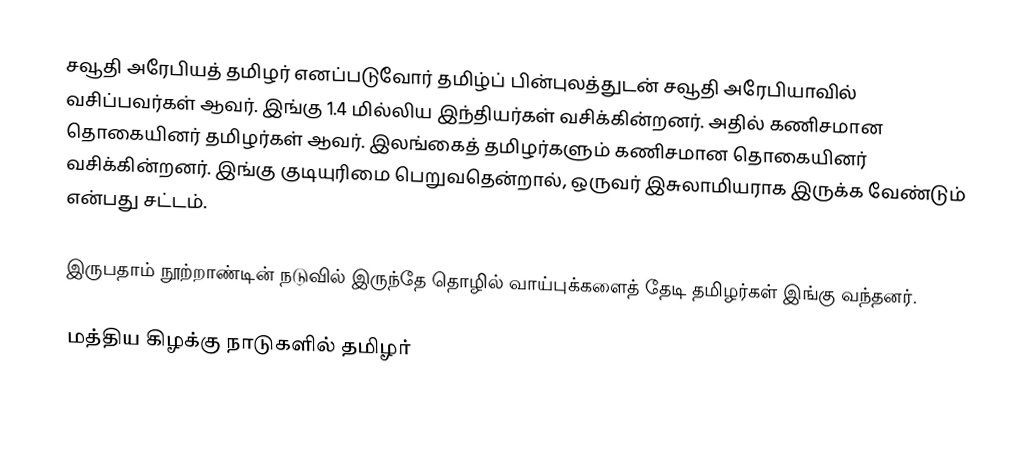
சவூதி அரேபியத் தமிழர் எனப்படுவோர் தமிழ்ப் பின்புலத்துடன் சவூதி அரேபியாவில் வசிப்பவர்கள் ஆவர்.  இங்கு 1.4 மில்லிய இந்தியர்கள் வசிக்கின்றனர்.  அதில் கணிசமான தொகையினர் தமிழர்கள் ஆவர்.  இலங்கைத் தமிழர்களும் கணிசமான தொகையினர் வசிக்கின்றனர்.  இங்கு குடியுரிமை பெறுவதென்றால், ஒருவர் இசுலாமியராக இருக்க வேண்டும் என்பது சட்டம்.

இருபதாம் நூற்றாண்டின் நடுவில் இருந்தே தொழில் வாய்புக்களைத் தேடி தமிழர்கள் இங்கு வந்தனர்.

மத்திய கிழக்கு நாடுகளில் தமிழர்